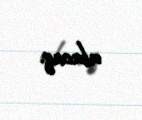
alacaq.